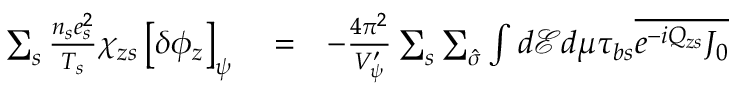
\begin{array} { r l r } { \sum _ { s } \frac { n _ { s } e _ { s } ^ { 2 } } { T _ { s } } \chi _ { z s } \left[ \delta \phi _ { z } \right] _ { \psi } } & { { } = } & { - \frac { 4 \pi ^ { 2 } } { V _ { \psi } ^ { \prime } } \sum _ { s } \sum _ { \hat { \sigma } } \int d \mathcal { E } d \mu \tau _ { b s } \overline { { e ^ { - i Q _ { z s } } J _ { 0 } } } } \end{array}